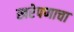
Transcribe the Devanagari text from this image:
खरेपणाचा